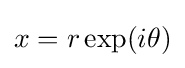
x=r\exp(i\theta )